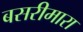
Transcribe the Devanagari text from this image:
बसरीमारा